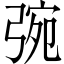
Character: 𢏿